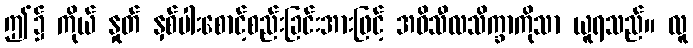
ဤ၌ ကိုယ် နှုတ် နှစ်ပါးစောင့်စည်းခြင်းအားဖြင့် အဓိသီလသိက္ခာကိုသာ ယူရသည်။ လူ